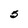
Character: 5